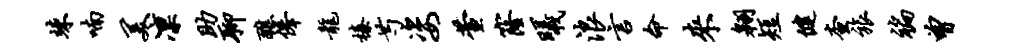
竦喃美凛助聊醮俸龙榛芍姿萱窿曦浪言命来翱短健查旅褊曾